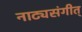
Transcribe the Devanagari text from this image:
नाट्यसंगीत्